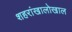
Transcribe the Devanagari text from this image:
शहरांखालोखाल